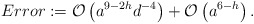
\begin{align*}Error := \mathcal{O}\left(a^{9-2h}d^{-4} \right) + \mathcal{O}\left( a^{6-h} \right).\end{align*}